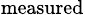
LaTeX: _\textrm{measured}